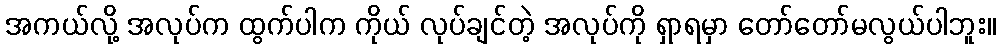
အကယ်လို့ အလုပ်က ထွက်ပါက ကိုယ် လုပ်ချင်တဲ့ အလုပ်ကို ရှာရမှာ တော်တော်မလွယ်ပါဘူး။